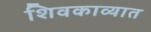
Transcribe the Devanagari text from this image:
शिवकाव्यात